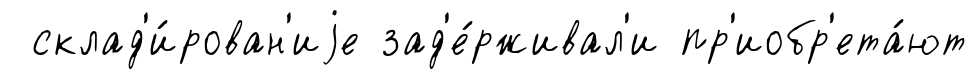
склад'и́рован'иjе зад'е́рживал'и пр'иобр'ета́ют